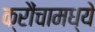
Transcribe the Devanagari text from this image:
क्रौंचामध्ये